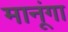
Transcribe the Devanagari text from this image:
मानूंगा